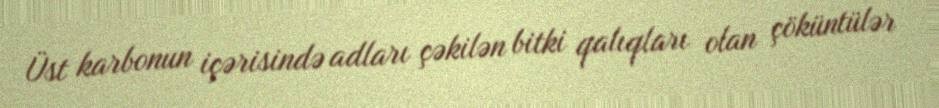
Üst karbonun içərisində adları çəkilən bitki qalıqları olan çöküntülər